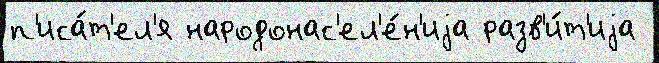
п'иса́т'ел'я народонас'ел'е́н'иjа разв'и́т'иjа